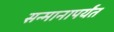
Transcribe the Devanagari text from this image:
सन्मानापर्यंत